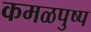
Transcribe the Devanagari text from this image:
कमळपुष्प